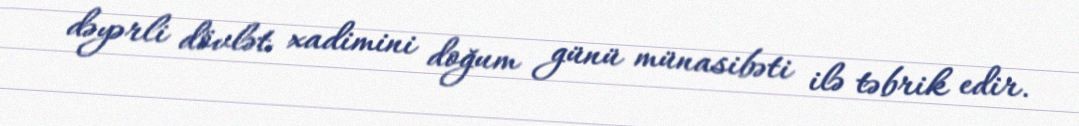
dəyərli dövlət xadimini doğum günü münasibəti ilə təbrik edir.